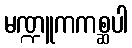
မဏ္ဍူကကစ္ဆပါ